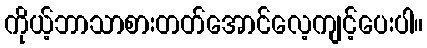
ကိုယ့်ဘာသာစားတတ်အောင်လေ့ကျင့်ပေးပါ။